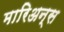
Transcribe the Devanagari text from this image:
मारिअन्स